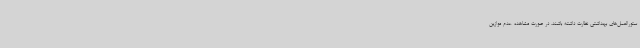
ستورالعمل‌های بهداشتی نظارت داشته باشند، در صورت مشاهده عدم موازین